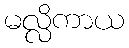
မလ္လိကာယ